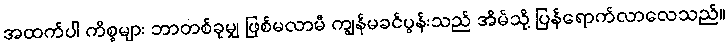
အထက်ပါ ကိစ္စများ ဘာတစ်ခုမျှ ဖြစ်မလာမီ ကျွန်မခင်ပွန်းသည် အိမ်သို့ ပြန်ရောက်လာလေသည်။